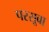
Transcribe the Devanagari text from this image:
परसूबा